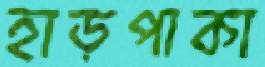
হাড়পাকা